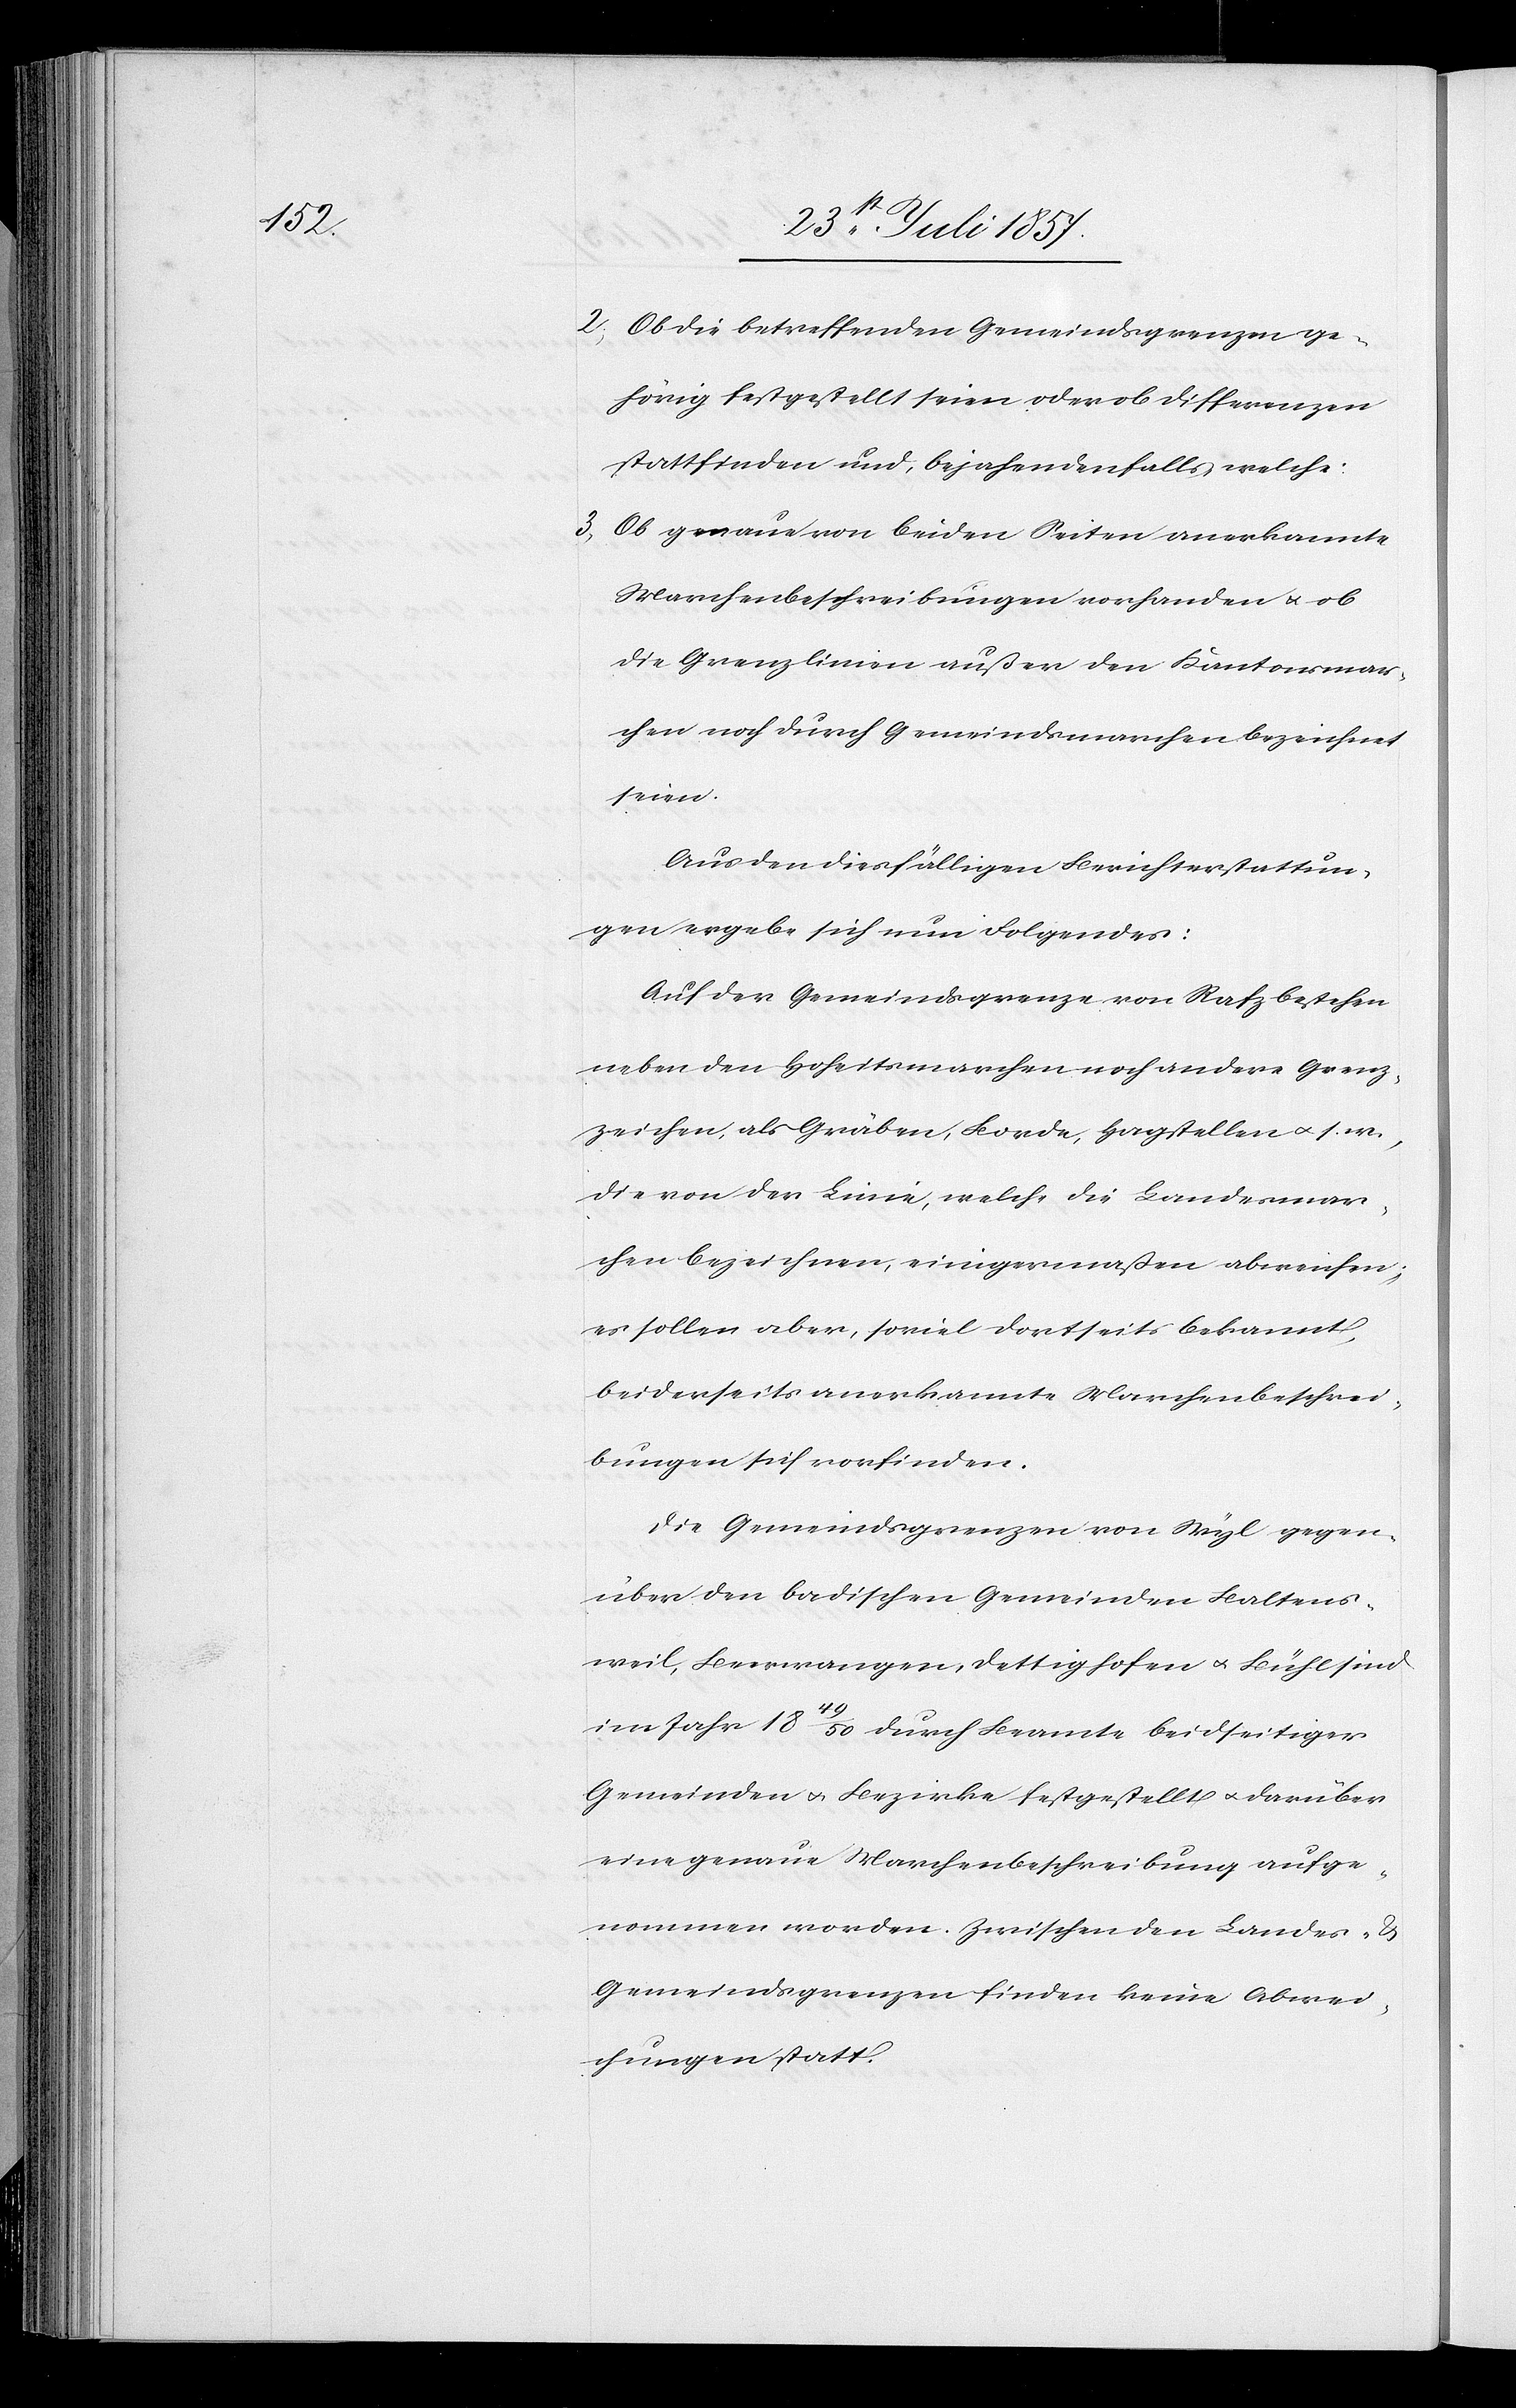
2) Ob die betreffenden Gemeindsgrenzen ge¬
hörig festgestellt seien oder ob Differenzen
stattfinden und, bejahendenfalls welche:
3) Ob genaue von beiden Seiten anerkannte
Marchenbeschreibungen vorhanden & ob
die Grenzlinien außer den Kantonsmar¬
chen noch durch Gemeindsmarchen bezeichnet
seien.
Aus den diesfälligen Berichterstattun¬
gen ergebe sich nun Folgendes:
Auf der Gemeindsgrenze von Rafz bestehen
neben den Hoheitsmarchen noch andere Grenz¬
zeichen, als Gräben, Borde, Hagstellen &. s. w.,
die von der Linie, welche die Landesmar¬
chen bezeichnen, einigermassen abweichen;
es sollen aber, soviel dortseits bekannt,
beiderseits anerkannte Marchenbeschrei¬
bungen sich vorfinden.
Die Gemeindsgrenzen von Wyl gegen¬
über den badischen Gemeinden Baltens¬
weil, Beerwangen, Dettighofen & Bühl sind
im Jahr 1849/50 durch Beamte beidseitiger
Gemeinden & Bezirke festgestellt & darüber
eine genaue Marchenbeschreibung aufge¬
nommen worden. Zwischen den Landes-
Gemeindsgrenzen finden keine Abre¬
chnungen statt.